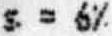
S = 6%